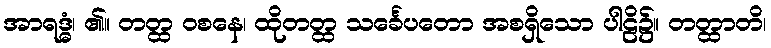
အာရဒ္ဓံ၊ ၏။ တတ္ထ ဝစနေ၊ ထိုတတ္ထ သင်္ခေပတော အစရှိသော ပါဠိ၌။ တတ္ထာတိ၊